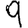
Digit: 9